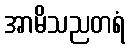
အာမိသညတရံ